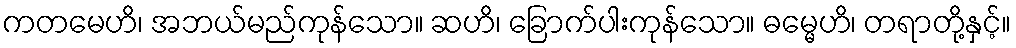
ကတမေဟိ၊ အဘယ်မည်ကုန်သော။ ဆဟိ၊ ခြောက်ပါးကုန်သော။ ဓမ္မေဟိ၊ တရာတို့နှင့်။